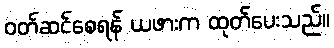
ဝတ်ဆင်စေရန် ယဖားက ထုတ်ပေးသည်။